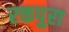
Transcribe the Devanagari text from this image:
रक्तपुरा